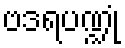
ဗဒရပဏ္ဍုံ